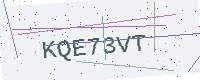
Text: KQE73VT